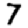
Digit: 7